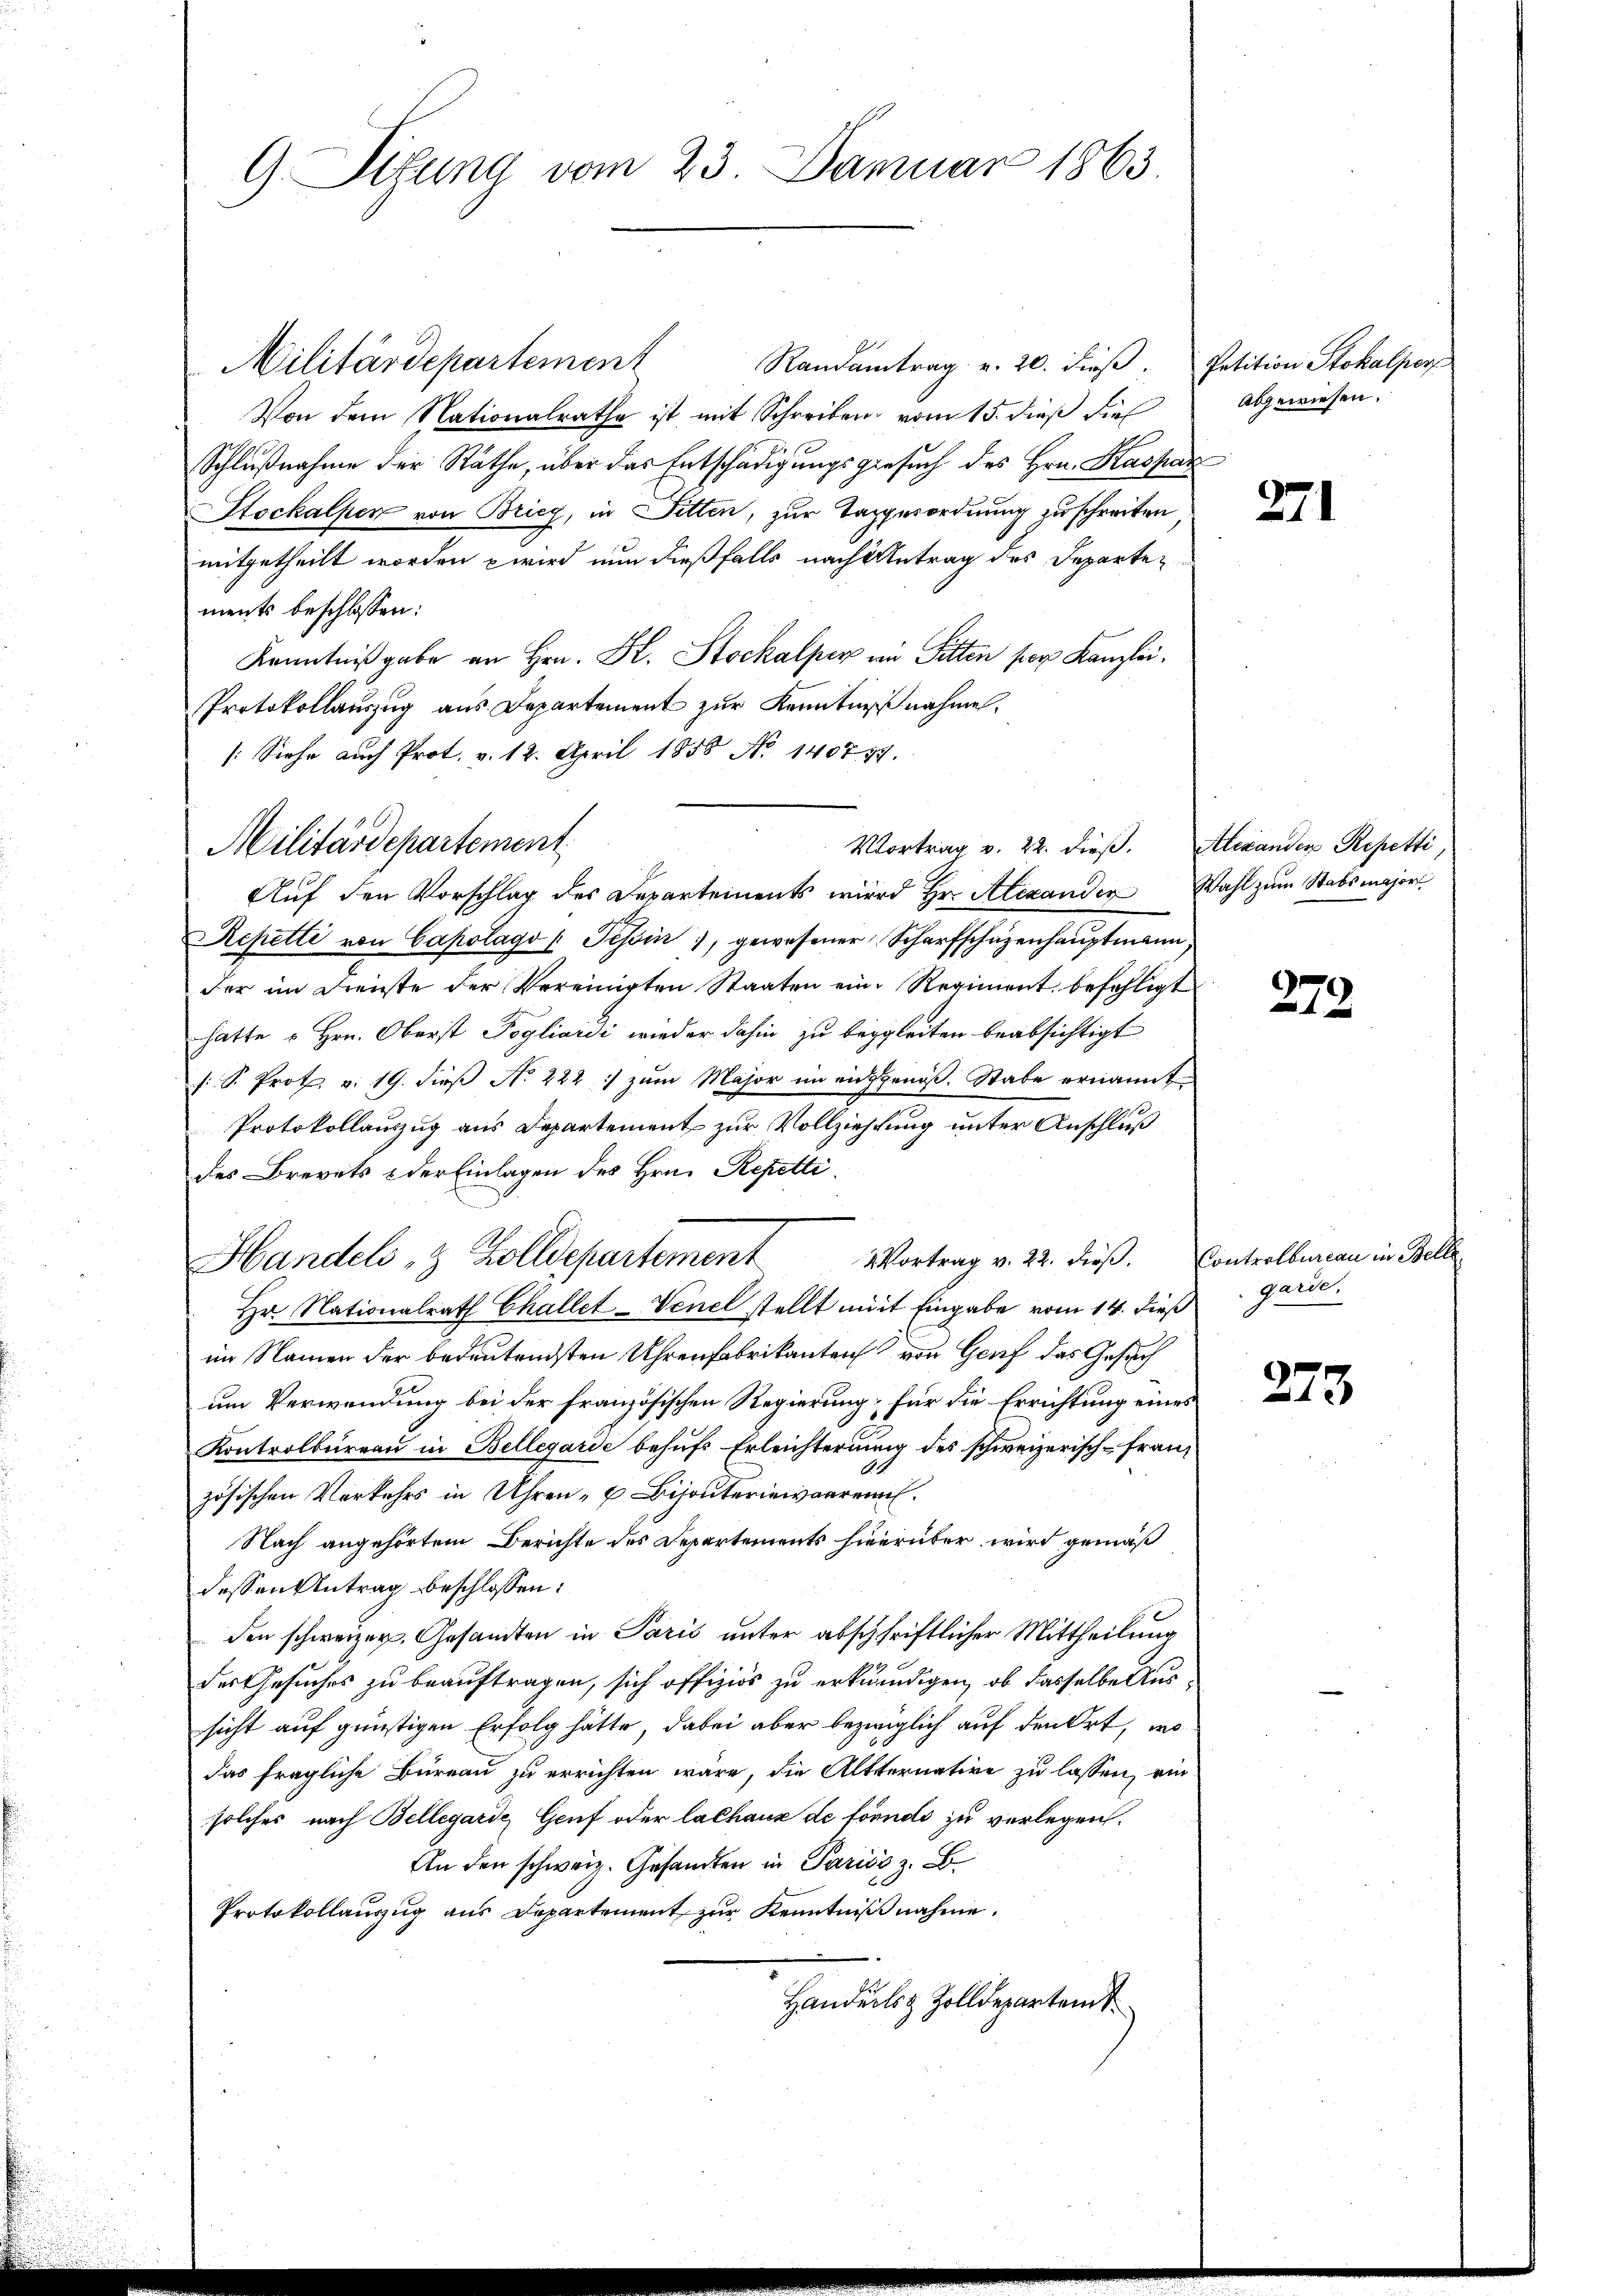
G Situng vom 23. Januar 1863.

Militärdepartement
Randantrag v. 20. dieβ. Petition Stokalpers
Von dem Nationalrathe ist mit Schreiben vom 15. dieß dies
Schlußnahme der Räthe, über das Entschädigungsgesuch des Hrn. Kaspar
Stockalper von Brieg, in Sitten, zur Tagesordnung zuschreiten
mitgetheilt worden wird nun dießfalls nach Antrag des Departements beschlossen:
Kenntnißgabe an Hrn. Hr. Stockalper an Sitten per Kanzlei.
Protokollauszug aus Departement zur Kenntnißnahme.
(Siehe auch Prot. v. 12. April 1858 No 140737.
Auf den Vorschlag des Departements wird Hr. Alexander
Repetti von Capolago ( Tessin, gewesener Scharfschüzenhaŭptmann
der im Dienste der Vereinigten Staaten eine Regiment befahligt
hatte u Hrn. Oberst Pogliardi wieder dahin zu begleiten beabsichtigt
s. S. Prot. v. 19. dieß No 222 :/ zum Major im eichgenöß. Stabe ernannt
Protokollauszug aus Departement zur Vollziehung unter Anschluß
des Brevets & der Einlagen des Hrn. Repetti
Handels & Zolldepartement
Hr. Nationalrath Challet-Venel stellt mit Eingabe vom 14. dieß garde.
im Namen der bedeutendsten Uhrenfabrikanten von Genf das Gesuch
um Verwendung bei der französischen Regierung, für die Errichtung eines
Kontrolbureau in Bellegarde behufs Erleichterung des schweizerisch-Franz
zösischen Vorkehrs in Uhren - u. Bisanteriewaaren.
Nach angehörtem Berichte des Departements hierüber wird gemäß
dessen Antrag beschlossen:
den schweizer, Gesandten in Paris unter abschriftlicher Mittheilung
des Gesuches zu beauftragen, sich offiziös zu erkundigen, ob dasselbe Aussicht auf günstigen Erfolg hätte, dabei aber bezwiglich auf den Ort, in
das fragliche Büreau zu errichten wäre, die Alternative zu lassen, ein
solches nach Bellegarde Genf oder lathaux de fornde zu verlegen.
An den schweiz. Gesandten in Pariss z. B.
Protokollauszug aus Departement zur Kenntnißnahme.
Handels & Zolldepartem

Militärdepartement

Vortrag v. 22. dieß. Alexanden Repetti

2 Vortrag v. 22. dieß. Controlbureau in Belle

abgewiesen.

271

Wahl zum Stabsmajor

379

243